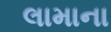
લામાના